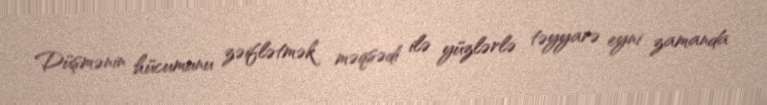
Düşmənin hücumunu zəiflətmək məqsədi ilə yüzlərlə təyyarə eyni zamanda